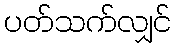
ပတ်သက်လျှင်